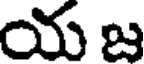
య జ